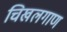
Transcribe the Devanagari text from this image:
चिखलगाण